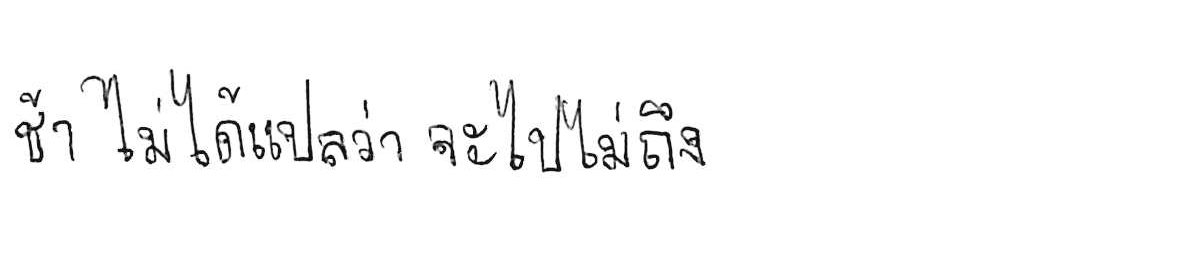
ช้า ไม่ได้แปลว่า จะไปไม่ถึง